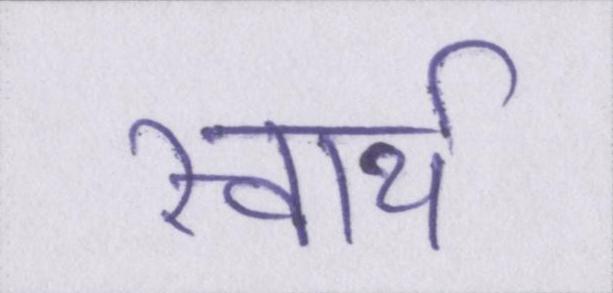
स्वार्थ